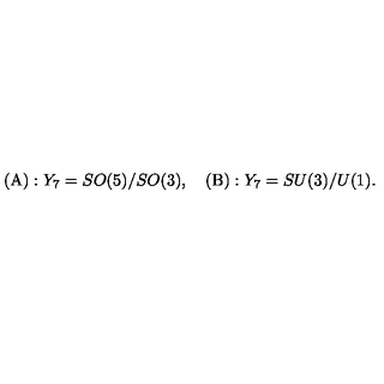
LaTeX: ( \mathrm { A } ) : Y _ { 7 } = S O ( 5 ) / S O ( 3 ) , \quad ( \mathrm { B } ) : Y _ { 7 } = S U ( 3 ) / U ( 1 ) .